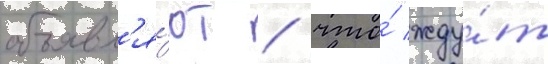
объявл'я́ют / что́ жду́т